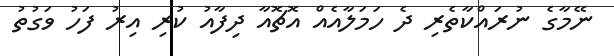
ނޭމާގެ ނުރައްކާތެރި ދެ ހަމަލާއެއް އޮޗޮއާ ދިފާއު ކުރި އިރު ފަހު ވަގުތު